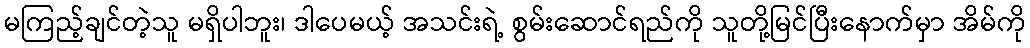
မကြည့်ချင်တဲ့သူ မရှိပါဘူး၊ ဒါပေမယ့် အသင်းရဲ့ စွမ်းဆောင်ရည်ကို သူတို့မြင်ပြီးနောက်မှာ အိမ်ကို